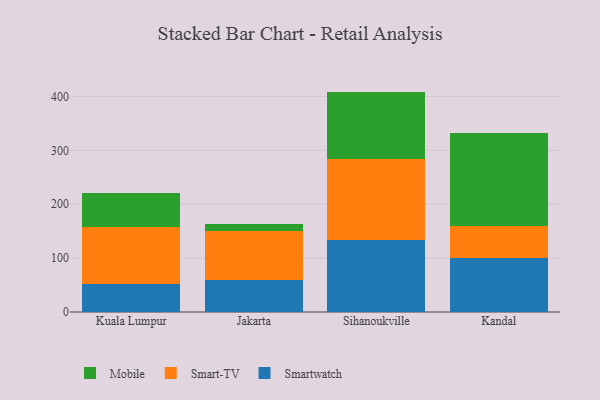
{"axis": {"x": "City", "y": "Demand Index"}, "legend": ["Mobile", "Smart-TV", "Smartwatch"], "data": [{"x": "Kuala Lumpur", "y": 51.8, "type": "Smartwatch"}, {"x": "Kuala Lumpur", "y": 105.1, "type": "Smart-TV"}, {"x": "Kuala Lumpur", "y": 63.3, "type": "Mobile"}, {"x": "Jakarta", "y": 58.8, "type": "Smartwatch"}, {"x": "Jakarta", "y": 91.8, "type": "Smart-TV"}, {"x": "Jakarta", "y": 12.3, "type": "Mobile"}, {"x": "Sihanoukville", "y": 132.8, "type": "Smartwatch"}, {"x": "Sihanoukville", "y": 150.9, "type": "Smart-TV"}, {"x": "Sihanoukville", "y": 125.5, "type": "Mobile"}, {"x": "Kandal", "y": 99.9, "type": "Smartwatch"}, {"x": "Kandal", "y": 59.2, "type": "Smart-TV"}, {"x": "Kandal", "y": 174.0, "type": "Mobile"}]}